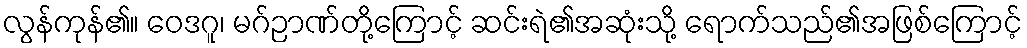
လွန်ကုန်၏။ ဝေဒဂူ၊ မဂ်ဉာဏ်တို့ကြောင့် ဆင်းရဲ၏အဆုံးသို့ ရောက်သည်၏အဖြစ်ကြောင့်